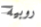
روبية